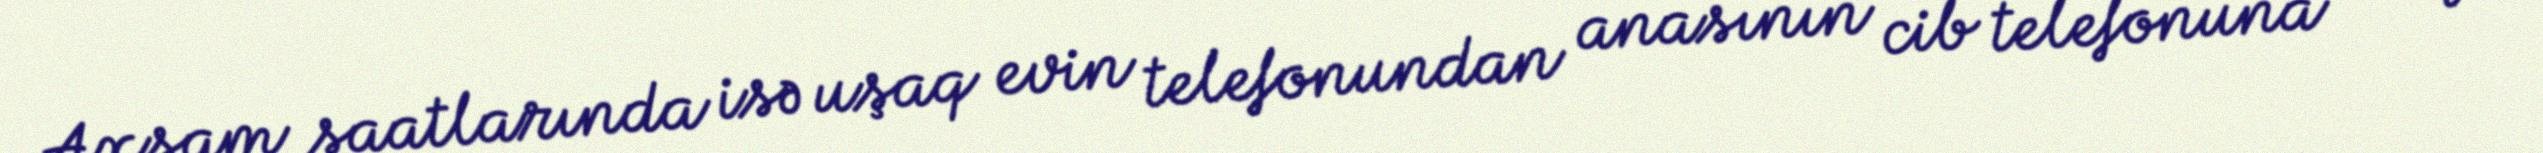
Axşam saatlarında isə uşaq evin telefonundan anasının cib telefonuna zəng